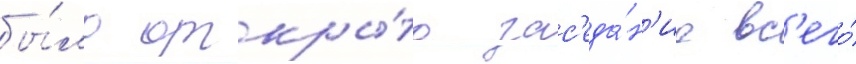
бы́ло откры́то зас'еда́н'ие вс'его́